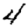
Digit: 4